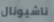
ناشيونال